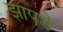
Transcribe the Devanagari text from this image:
झापडे